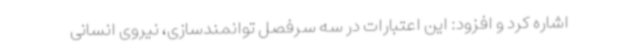
اشاره کرد و افزود: این اعتبارات در سه سرفصل توانمندسازی، نیروی انسانی